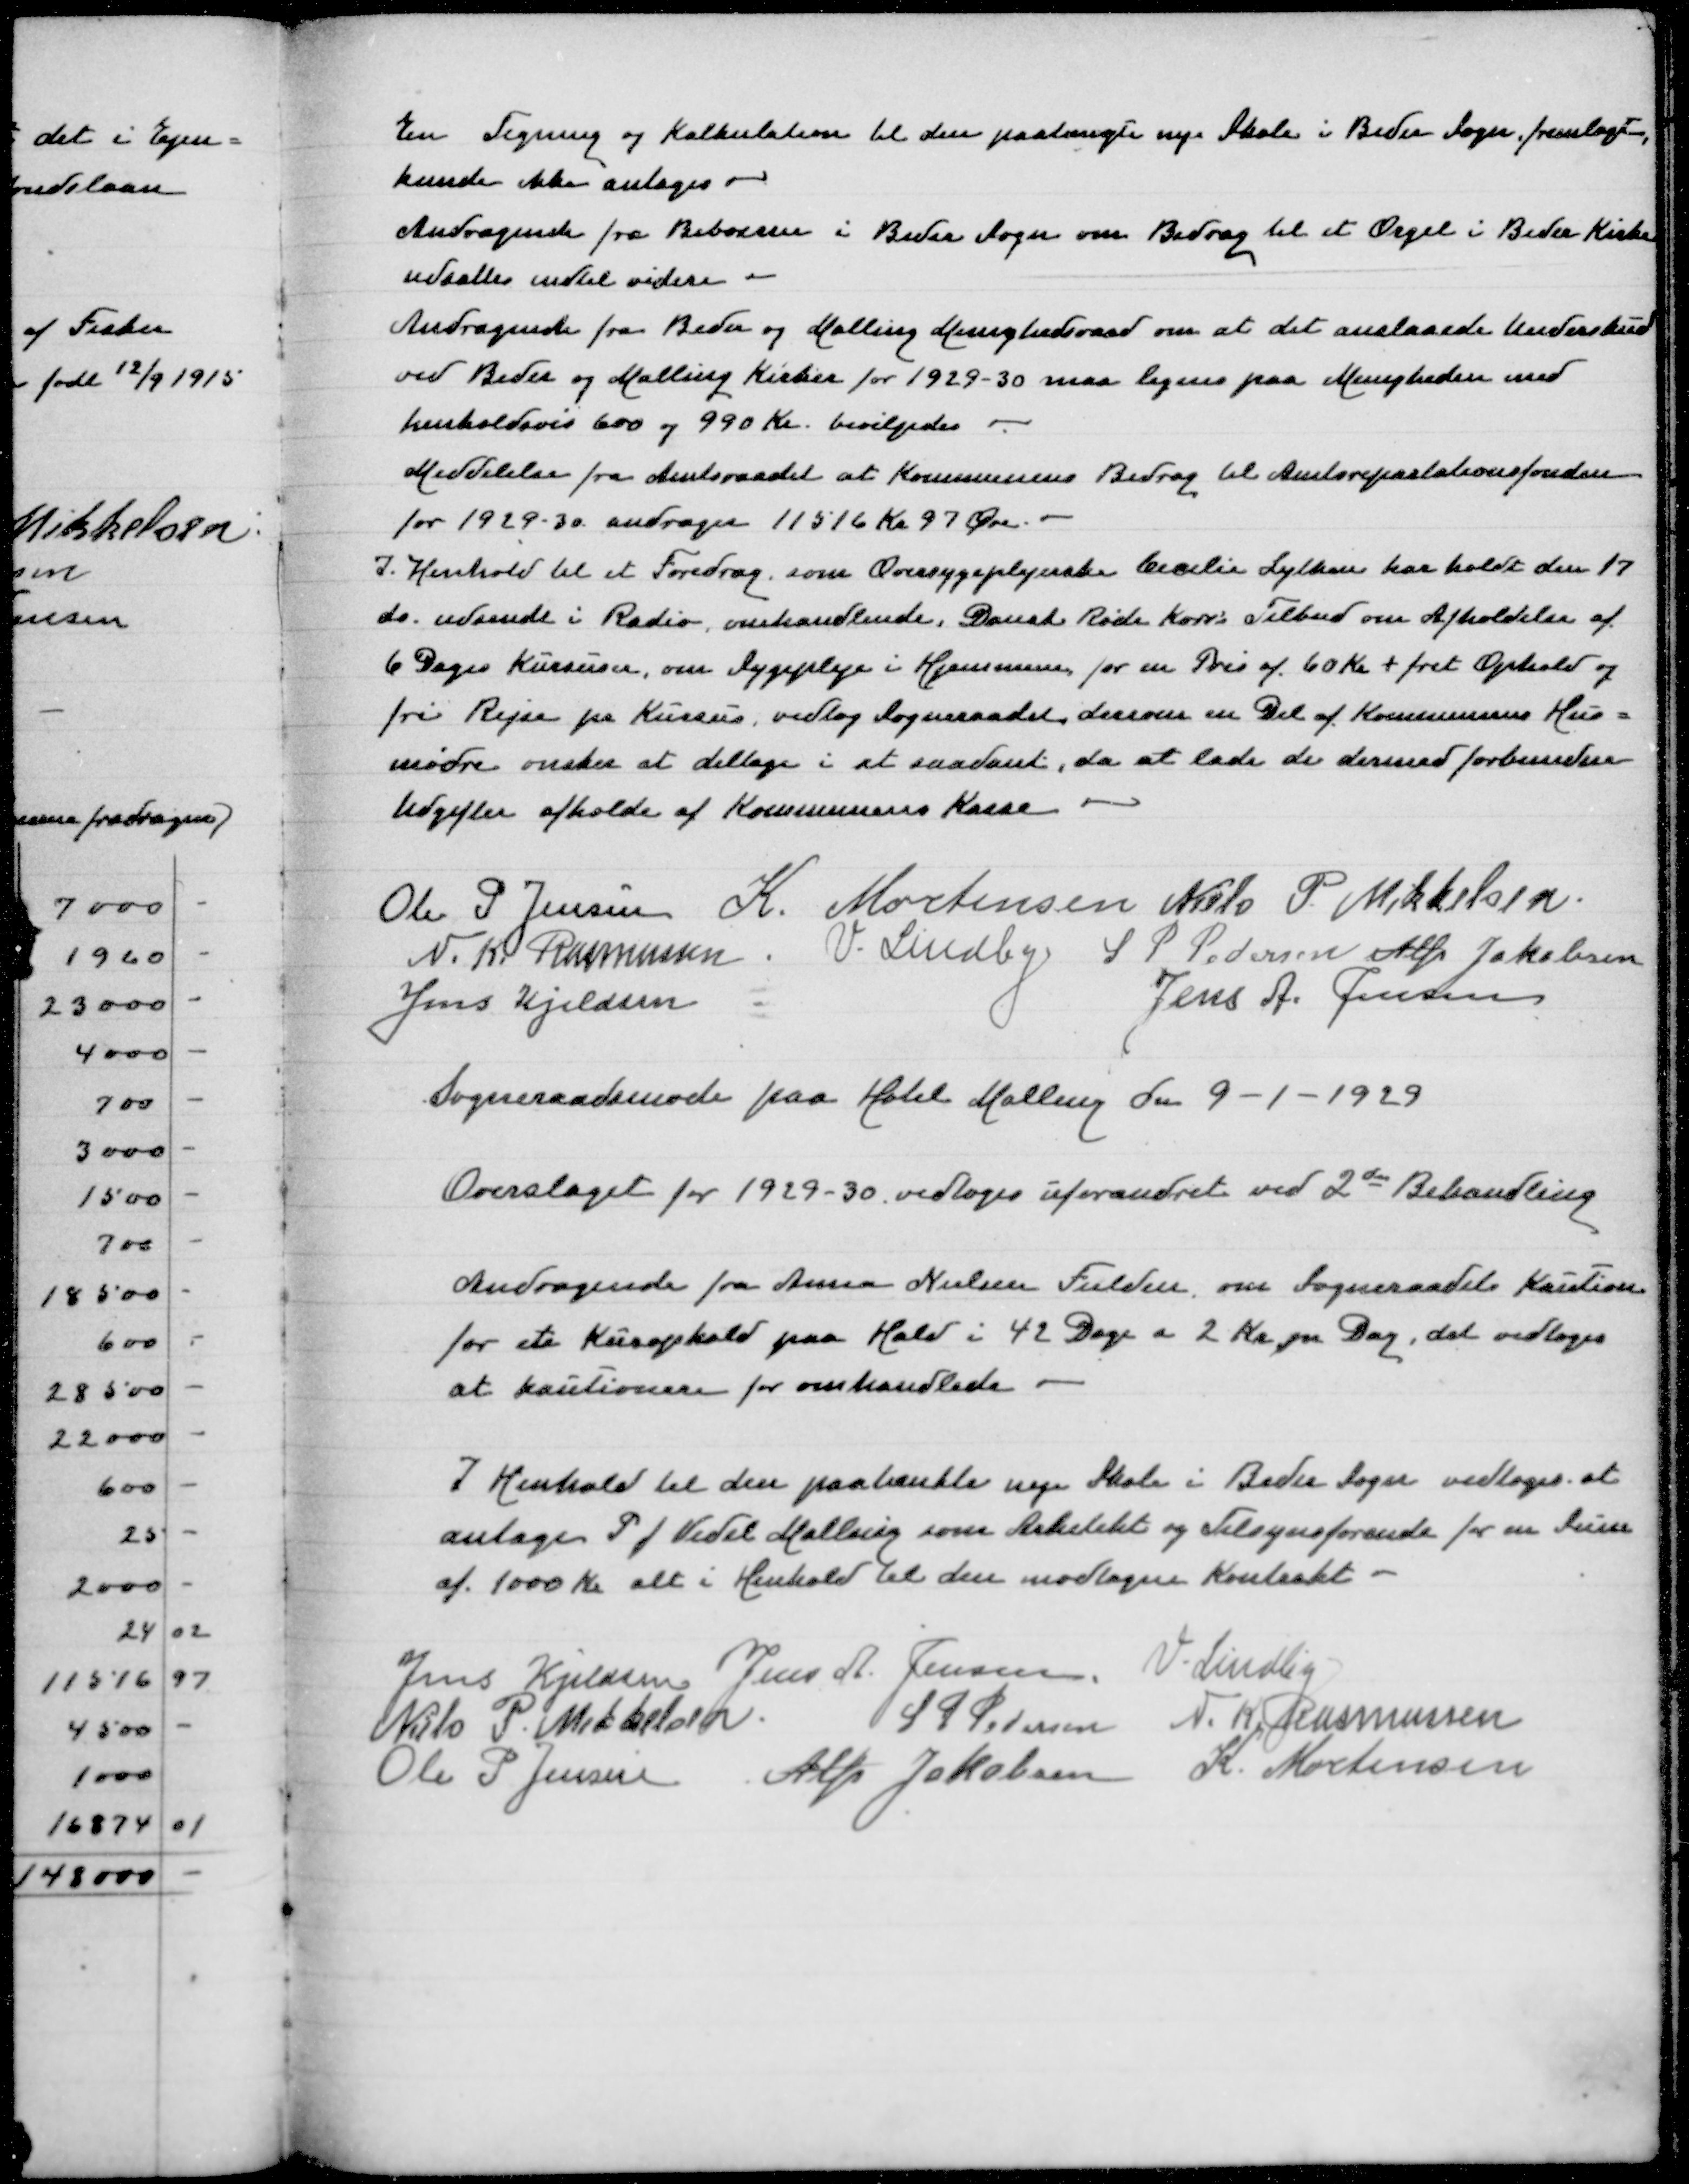
Transskription:
En Tegning og Kalkulation til den paatængte Skole i Beder Sogn fremlagdes
kunde ikke antages
Andragende fra Beboerne i Beder Sogn om Bidrag til et Orgel i Beder Kirke
udsættes indtil videre
Andragende fra Beder og Malling Menighedsraad om at det anslaaede Underskud
ve  Beder og Malling Kirker for 1929-30 maa lignes paa Menigheden med
henholdsvis 600 og 990 Kr, bevilgedes
Meddelelse fra Amtsraadet at Kommunens Bidrag til Amtsrepartationsfonden
for 1929-30 andrager 11516 Kr 97 Øre
I Henhold til et Foredrag som Oversygeplejerske Cecilie Lylken har holdt den 17
ds udsendt i Radio, omhandlende Dansk Røde Kor's Tilbud om Afholdelse af
6 Dages Kursus, om Sygepleje i Hjemmene for en Pris af 60 Kr + frit Ophold og
fri Rejse pr Kursus, vedtog Sogneraadet, dersom en Del af Kommunens Hus=
mødre ønsker at deltage i et saadant, da at lade de dermed forbundne
Udgifter afholde af Kommunens Kasse

Ole P Jensen
K Mortensen
Niels P Mikkelsen
N K Rasmussen
V Lindby
S P Pedersen
Alfr Jakobsen
Jens Kjeldsen
Jens A Jensen

Sogneraadsmøde paa Hotel Malling den 9-1-1929

Overslaget for 1929-30 vedtoges uforandret ved 2dn Behandling

Andragende fra Anna Nielsen Fulden om Sogneraadets Kaution
for et Kurophold paa Hald i 42 Dage a 2 Kr per Dag, det vedtoges
at kautionere for omhandlede

I Henhold til den paatænkte nye Skole i Beder Sogn vedtoges at
antage P J Vedel Malling som Arkitekt og Tilsynsførende for en Sum
af 1000 Kr alt i Henhold til den vedtagne Kontrakt

Jens Kjeldsen
Jens A Jensen
V Lindby
Niels P Mikkelsen
S P Pedersen
N K Rasmussen
Ole P Jensen
Alfr Jakobsen
K Mortensen